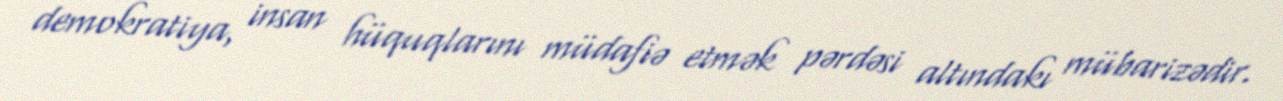
demokratiya, insan hüquqlarını müdafiə etmək pərdəsi altındakı mübarizədir.